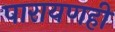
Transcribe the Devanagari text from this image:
पारायणही